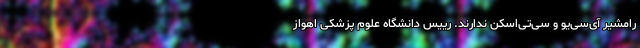
رامشیر آی‌سی‌یو و سی‌تی‌اسکن ندارند. رییس دانشگاه علوم پزشکی اهواز